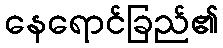
နေရောင်ခြည်၏